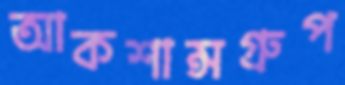
আকশান্সগ্রুপ